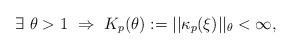
\begin{align*} \exists \ \theta > 1 \ \Rightarrow \ K_p(\theta) := ||\kappa_p(\xi)||_{\theta} < \infty,\end{align*}